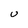
Character: U